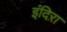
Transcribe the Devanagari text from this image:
इंदिऱा